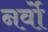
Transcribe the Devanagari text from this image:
नर्वो